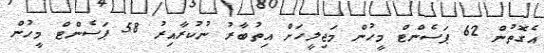
އެގޮތުން 62 ޕަސެންޓް މީހުން މަޖިލީހަށް އިތުބާރު ނުކުރާއިރު 58 ޕަސެންޓް މީހުން